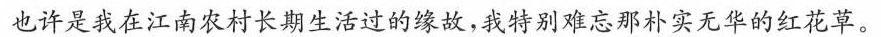
也许是我在江南农村长期生活过的缘故，我特别难忘那朴实无华的红花草。